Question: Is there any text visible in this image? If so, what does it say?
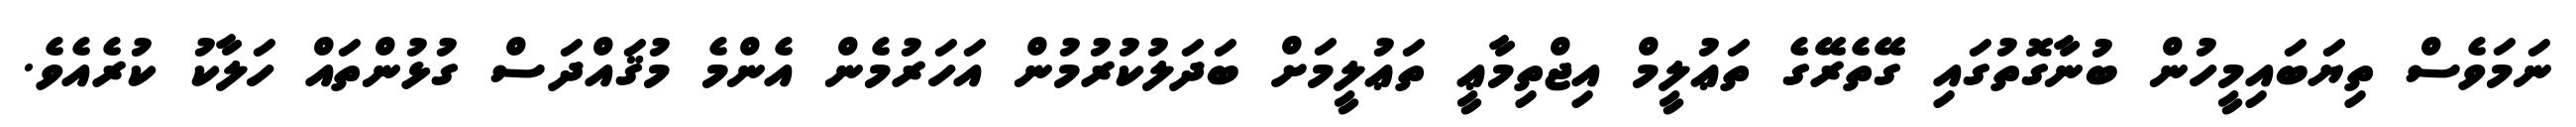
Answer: ނަމަވެސް ތިޔަބައިމީހުން ބުނާގޮތުގައި ގޭތެރޭގެ ތަޢުލީމް އިޖްތިމާޢީ ތަޢުލީމަށް ބަދަލުކުރުމުން އަހަރުމެން އެންމެ މުޤައްދަސް ގުޅުންތައް ހަލާކު ކުރެއެވެ.